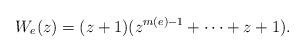
LaTeX: \begin{align*}W_e(z)=(z+1)(z^{m(e)-1}+\cdots+z+1).\end{align*}